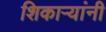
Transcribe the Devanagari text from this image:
शिकाऱ्यांनी